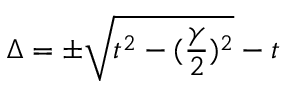
\Delta = \pm \sqrt { t ^ { 2 } - ( \frac { \gamma } { 2 } ) ^ { 2 } } - t